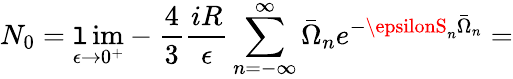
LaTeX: N_{0}=\operatorname*{\mathtt{l}im}_{\epsilon\rightarrow0^{+}}-\frac{4}{3}\frac{{iR}}{{\epsilon}}\sum_{n=-\infty}^{\infty}\bar{{\Omega}}_{n}e^{-\epsilonS_{n}\bar{{\Omega}}_{n}}=